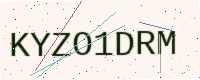
Text: KYZO1DRM